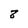
Character: 8